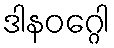
ဒါနဝဂ္ဂေါ